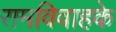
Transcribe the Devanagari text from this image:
रामविवाहके